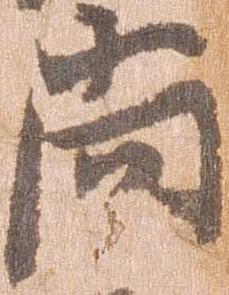
尚